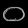
Digit: ၀